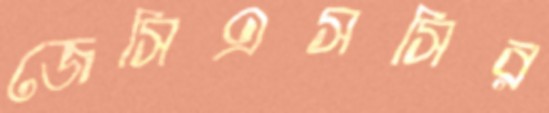
জেসিএসসির